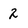
Character: 2